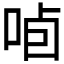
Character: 𱒯